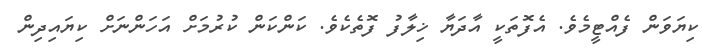
ކިޔަވަން ފެއްޓީމެވެ. އެފޮތަކީ އާދަޔާ ޚިލާފު ފޮތެކެވެ. ކަންކަން ކުރުމަށް އަހަންނަށް ކިޔައިދިން